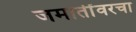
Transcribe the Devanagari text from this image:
जमातींवरचा